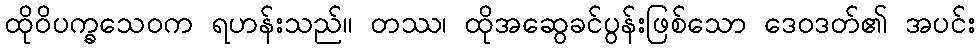
ထိုဝိပက္ခသေဝက ရဟန်းသည်။ တဿ၊ ထိုအဆွေခင်ပွန်းဖြစ်သော ဒေဝဒတ်၏ အပင်း